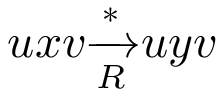
u x v { \xrightarrow [ { R } ] { * } } u y v